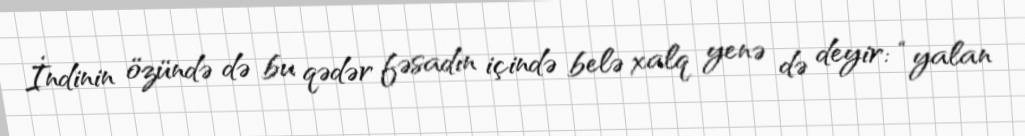
İndinin özündə də bu qədər fəsadın içində belə xalq yenə də deyir: “yalan